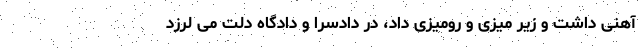
آهنی داشت و زیر میزی و رومیزی داد، در دادسرا و دادگاه دلت می لرزد